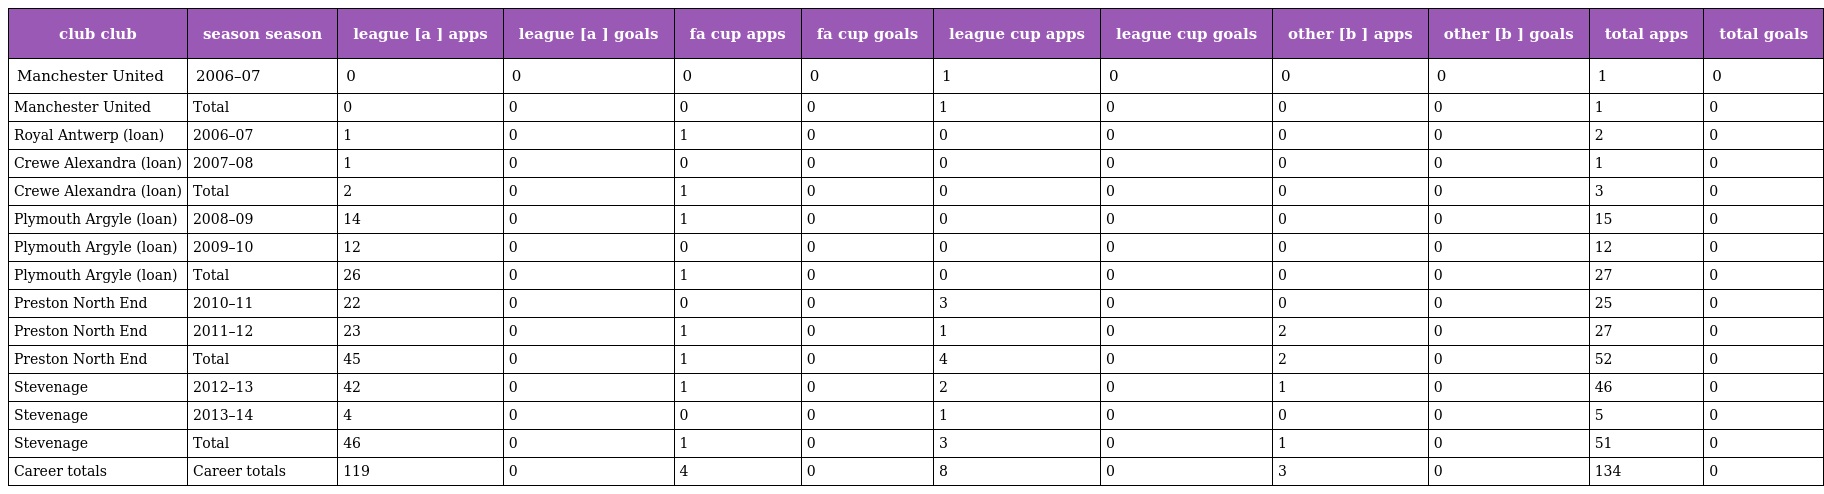
| club club | season season | league [a ] apps | league [a ] goals | fa cup apps | fa cup goals | league cup apps | league cup goals | other [b ] apps | other [b ] goals | total apps | total goals |
 | --- | --- | --- | --- | --- | --- | --- | --- | --- | --- | --- | --- |
 | Manchester United | 2006–07 | 0 | 0 | 0 | 0 | 1 | 0 | 0 | 0 | 1 | 0 |
 | Manchester United | Total | 0 | 0 | 0 | 0 | 1 | 0 | 0 | 0 | 1 | 0 |
 | Royal Antwerp (loan) | 2006–07 | 1 | 0 | 1 | 0 | 0 | 0 | 0 | 0 | 2 | 0 |
 | Crewe Alexandra (loan) | 2007–08 | 1 | 0 | 0 | 0 | 0 | 0 | 0 | 0 | 1 | 0 |
 | Crewe Alexandra (loan) | Total | 2 | 0 | 1 | 0 | 0 | 0 | 0 | 0 | 3 | 0 |
 | Plymouth Argyle (loan) | 2008–09 | 14 | 0 | 1 | 0 | 0 | 0 | 0 | 0 | 15 | 0 |
 | Plymouth Argyle (loan) | 2009–10 | 12 | 0 | 0 | 0 | 0 | 0 | 0 | 0 | 12 | 0 |
 | Plymouth Argyle (loan) | Total | 26 | 0 | 1 | 0 | 0 | 0 | 0 | 0 | 27 | 0 |
 | Preston North End | 2010–11 | 22 | 0 | 0 | 0 | 3 | 0 | 0 | 0 | 25 | 0 |
 | Preston North End | 2011–12 | 23 | 0 | 1 | 0 | 1 | 0 | 2 | 0 | 27 | 0 |
 | Preston North End | Total | 45 | 0 | 1 | 0 | 4 | 0 | 2 | 0 | 52 | 0 |
 | Stevenage | 2012–13 | 42 | 0 | 1 | 0 | 2 | 0 | 1 | 0 | 46 | 0 |
 | Stevenage | 2013–14 | 4 | 0 | 0 | 0 | 1 | 0 | 0 | 0 | 5 | 0 |
 | Stevenage | Total | 46 | 0 | 1 | 0 | 3 | 0 | 1 | 0 | 51 | 0 |
 | Career totals | Career totals | 119 | 0 | 4 | 0 | 8 | 0 | 3 | 0 | 134 | 0 |